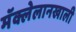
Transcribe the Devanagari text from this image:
मॅक्लेलानखाली